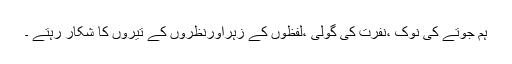
ہم جوتے کی نوک ،نفرت کی گولی ،لفظوں کے زہراورنظروں کے تیروں کا شکار رہتے ۔